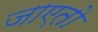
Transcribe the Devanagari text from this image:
जाएतो